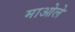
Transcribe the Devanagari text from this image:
माओले